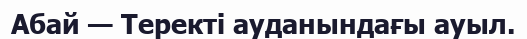
Абай — Теректі ауданындағы ауыл.